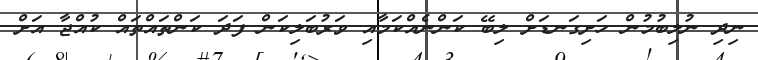
ނިދި ނުލިބުމުން ހަށިގަނޑަށް ލިބޭ ކަންނެއްކަމާއި ވަރުބަލިކަން ފަދަ ކަންތައްތައް ކުއްޖާ އަށް